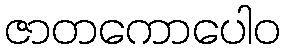
ဇာတကောပေါဝ